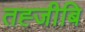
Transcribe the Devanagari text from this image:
तह्जीबि